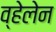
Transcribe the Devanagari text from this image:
व्हेलेन